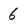
Character: 6